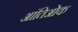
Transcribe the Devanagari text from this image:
आंतिओक